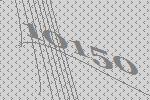
10150